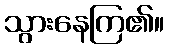
သွားနေကြ၏။